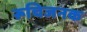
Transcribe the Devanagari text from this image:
रूचिजनक